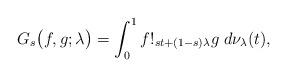
LaTeX: \begin{align*}G_s\big(f,g;\lambda\big)=\int_0^1f!_{st+(1-s)\lambda}g\;d\nu_{\lambda}(t),\end{align*}